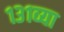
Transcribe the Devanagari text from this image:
१३१व्या